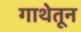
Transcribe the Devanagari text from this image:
गाथेतून